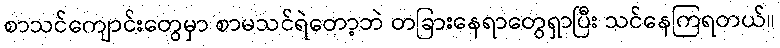
စာသင်ကျောင်းတွေမှာ စာမသင်ရဲတော့ဘဲ တခြားနေရာတွေရှာပြီး သင်နေကြရတယ်။